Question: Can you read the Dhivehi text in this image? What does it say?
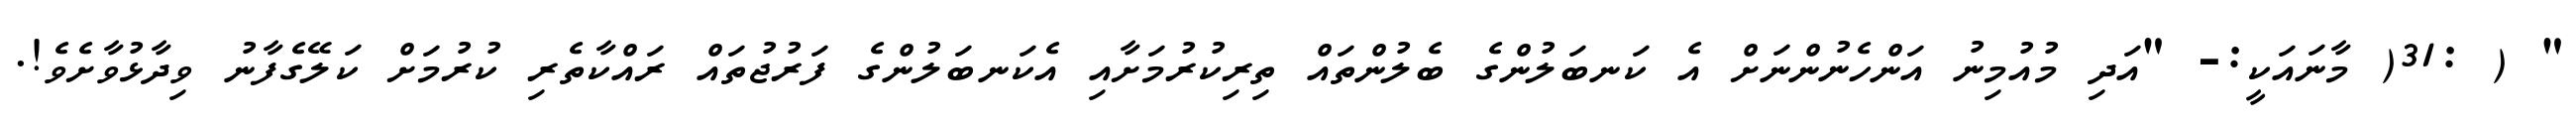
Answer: " ( :31( މާނައަކީ:- "އަދި މުއުމިނު އަންހެނުންނަށް އެ ކަނބަލުންގެ ބެލުންތައް ތިރިކުރުމަށާއި އެކަނބަލުންގެ ފަރުޖުތައް ރައްކާތެރި ކުރުމަށް ކަލޭގެފާނު ވިދާޅުވާށެވެ!.